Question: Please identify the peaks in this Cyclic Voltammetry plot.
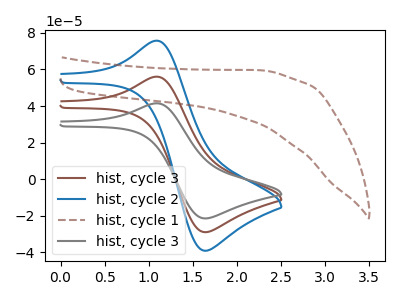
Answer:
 <answer>The brown curve "hist, cycle 3" has an anodic peak at (1.10V, 56.05uA) and a cathodic peak at (1.65V, -28.95uA). The blue curve "hist, cycle 2" has an anodic peak at (1.10V, 112.15uA) and a cathodic peak at (1.65V, -57.90uA). The brown dashed curve "hist, cycle 1" has no peaks. The gray curve "hist, cycle 3" has an anodic peak at (1.10V, 41.50uA) and a cathodic peak at (1.65V, -21.45uA).</answer>
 <eval></eval>